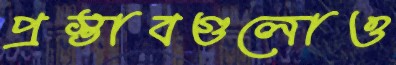
প্রস্তাবগুলোও